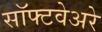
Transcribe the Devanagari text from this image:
सॉफ्टवेअरे